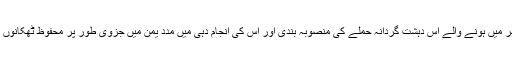
دسمبر میں امریکی ریاست فلوریڈا کے پینسا کولا شہر میں ہونے والے اس دہشت گردانہ حملے کی منصوبہ بندی اور اس کی انجام دہی میں مدد یمن میں جزوی طور پر محفوظ ٹھکانوں میں مزے کر رہے القاعدہ کے رہنماؤں نے کی تھی۔